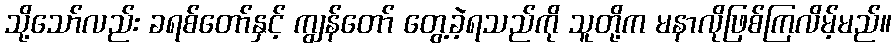
သို့သော်လည်း ခရစ်တော်နှင့် ကျွန်တော် တွေ့ခဲ့ရသည်ကို သူတို့က မနာလိုဖြစ်ကြလိမ့်မည်။